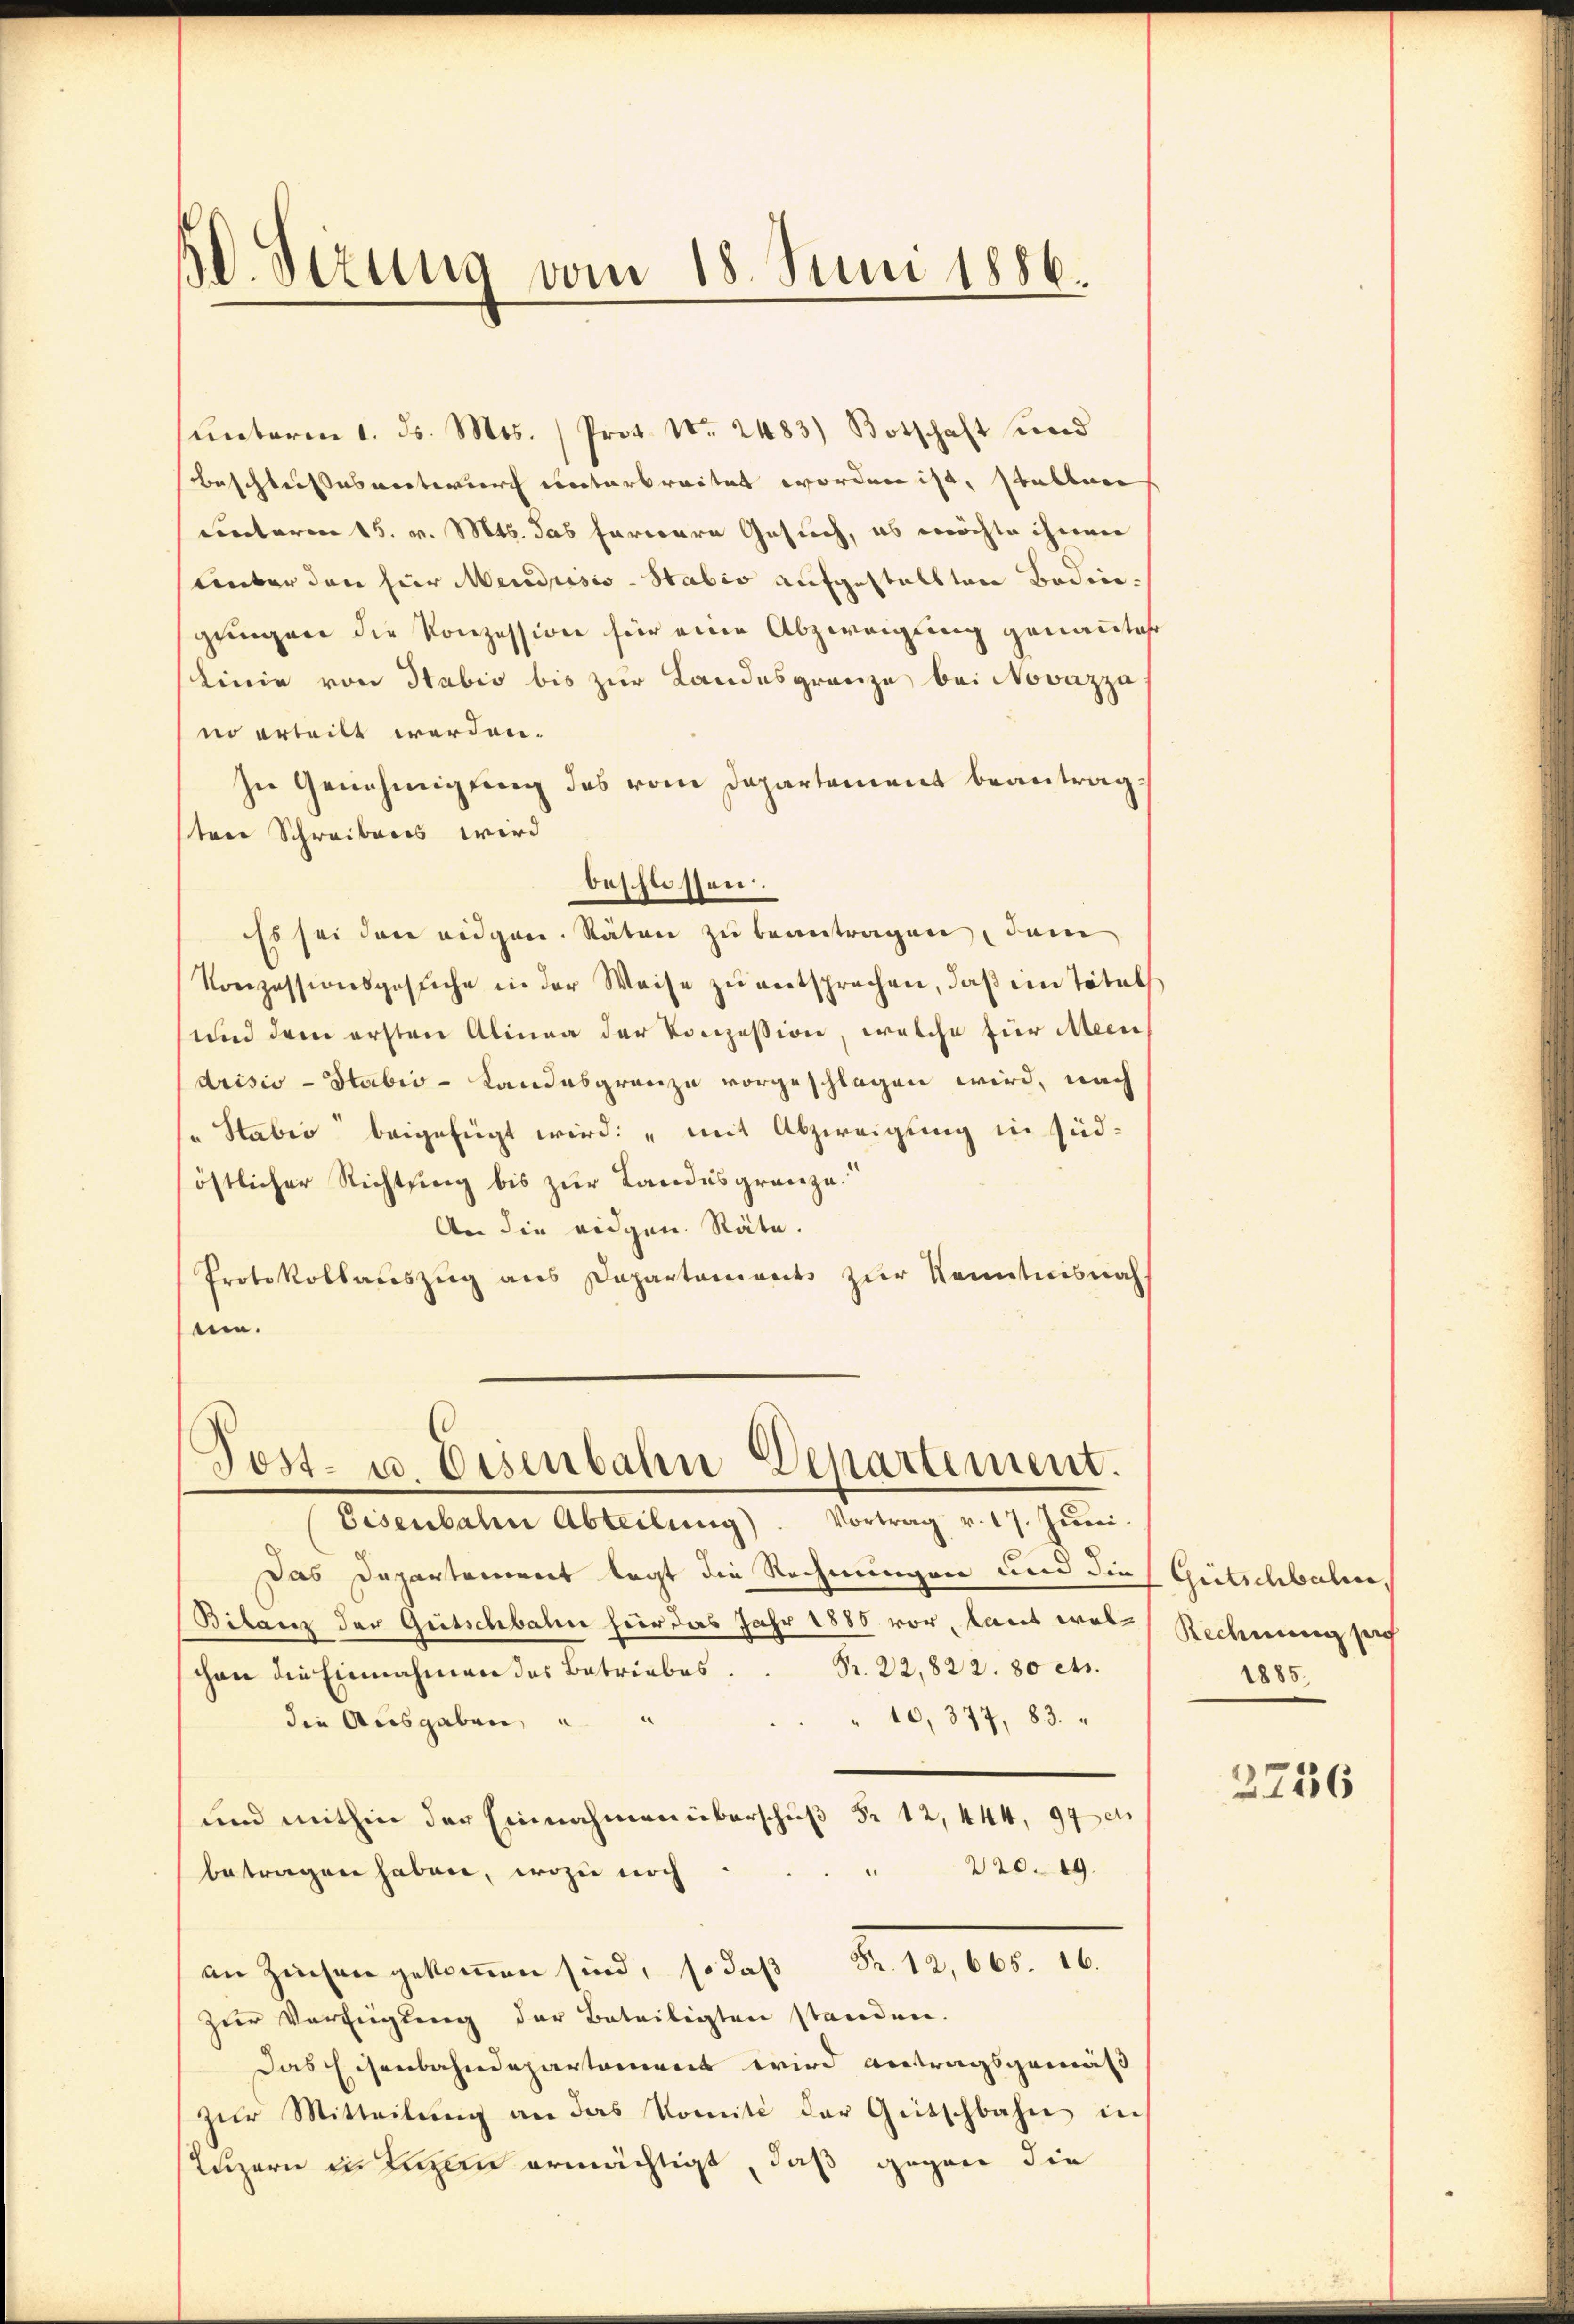
50. Serung vom 18. Juni 1886.

ŭnterm 1. ds. Mos. Prot. Nr. 2483) Botschaft und
Beschlussesentwurf unterbreitet worden ist, stalten
ciectoren 15. v. Mts. das fareare Gesuch, es möchte ihnen
Unter den hier Mendrisis-Stabis aufgestellten Bodengungen die Konzession für eine Abzweigung genannter
Linie von Habio bis zur Landesgrenze bei Novazza
no erteilt werden.
In Genehmigung des vom Departement beantragsten Schreibens wird
Es sei den eidgen. Räten zu beantragen, dem
Konzessionsgesuche in der Weise zu entsprechen, daß ein Titel
und dem ersten Alinea der Konzession, welche für Mein
drisis Stabio-Landesgrenze vorgeschlagen wird, nach
" Staber beigefügt wird: „mit Abzweigung in südöstlicher Richtung bis zur Landesgränze.
An die eidgen. Räte.
Protokollauszug aus Departements zur Kenntnisnah
nin.

beschlossen.

Post- u. Eisenbahn Departement.
Eisenbahr Abteilung). Vortrag v. 17. Jŭni.

Das Departement legt die Rechnungen und die Gütschbalen,
Bilanz der Gütschbalen hier das Jahr 1885 vor, laut was Rechnung sich
Fr. 22, 822. 80 cts.
schon die Einnahmen das Betriebes.
" 10,377, 83. "
die Ausgaben u
und mithin der Einnahmen überschuß Fr. 12, 444, 970
" 220. 19.
betragen haben, wozu noch
an Zichen gekommen sind, so daß Fr. 12,665. 16.
zur Verfügung der Beteiligten standen.
Das Eisenbahndepartement wird antragsgemäß
zŭr Mitteilŭng an das Komité der Gütschbahn in
Luzern in man ermächtigt, daß gegen die

1885.

2736